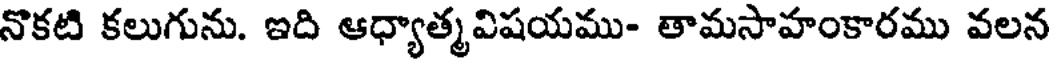
నొకటి కలుగును. ఇది ఆధ్యాత్మవిషయము- తామసాహంకారము వలన